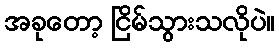
အခုတော့ ငြိမ်သွားသလိုပဲ။